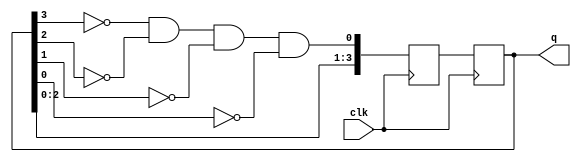
module johnson_counter (
    input wire clk,
    output reg[3:0] q
);

reg[3:0] q_next; // Next state of the counter

always @(posedge clk) begin
    // Determine the next state of the counter
    q_next[3] <= q[2]; // Each block contains a flip-flop with its output connected to the input of the next flip-flop
    q_next[2] <= q[1];
    q_next[1] <= q[0];
    q_next[0] <= ~q[3] & ~q[2] & ~q[1] & ~q[0]; // Toggle through a specific sequence of states with each clock cycle
    
    // Update the current state of the counter
    q <= q_next;
end

endmodule